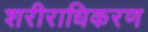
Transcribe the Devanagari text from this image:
शरीराधिकरण